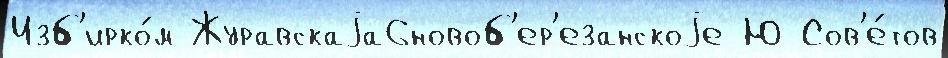
Изб'ирко́м Журавскаjа6новоб'ер'езанскоjе Ю Сов'е́тов